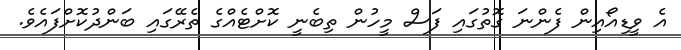
އެ ވީޑިއޯއިން ފެންނަ ގޮތުގައި ފަސް މީހުން ތިބެނީ ކޮށްޓެއްގެ ތެރޭގައި ބަންދުކޮށްފައެވެ.